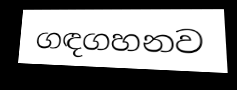
ගඳගහනව